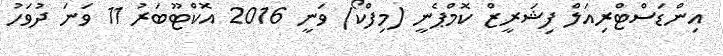
އިންޑަސްޓްރިއަލް ފިޝަރީޒް ކޮމްޕެނީ (މިފްކޯ) ވަނީ 2016 އޮކްޓޫބަރު 11 ވަނަ ދުވަހު